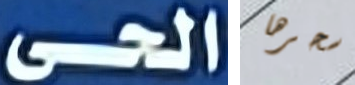
الحى سحرها